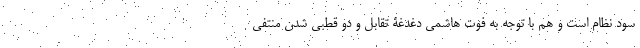
سود نظام است و هم با توجه به فوت هاشمی دغدغۀ تقابل و دو قطبی شدن منتفی